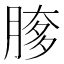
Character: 䐒